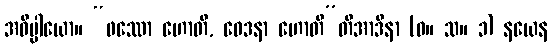
အဓိပ္ပါယော။ “ဖဿော ဟောတိ, ဝေဒနာ ဟောတီ”တိအာဒိနာ (ဓ။ သ။ ၁) နယေန